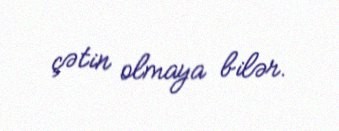
çətin olmaya bilər.